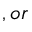
, o r